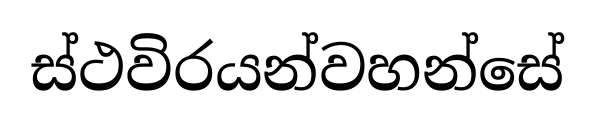
ස්ථවිරයන්වහන්සේ